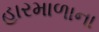
હારમાળાના